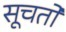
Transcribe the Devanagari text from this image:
सूचतो